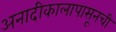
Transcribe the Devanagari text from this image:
अनादीकालापासूनची